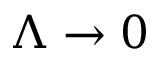
\Lambda \rightarrow 0